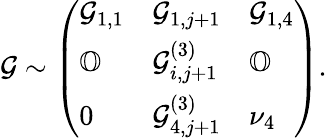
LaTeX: \mathcal{G}\sim\left(\begin{array}{lll}{\mathcal{G}_{1,1}}&{\mathcal{G}_{1,j+1}}&{\mathcal{G}_{1,4}}\\ {\mathbb{O}}&{\mathcal{G}_{i,j+1}^{(3)}}&{\mathbb{O}}\\ {0}&{\mathcal{G}_{4,j+1}^{(3)}}&{\nu_{4}}\end{array}\right).